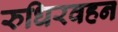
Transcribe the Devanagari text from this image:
रुधिरवहन